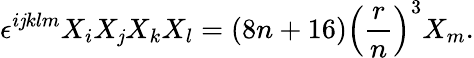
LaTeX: \epsilon^{i\mathit{j}klm}X_{i}X_{\mathit{j}}X_{k}X_{l}=(8n+16)\left(\frac{{r}}{{n}}\right)^{3}X_{m}.